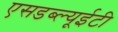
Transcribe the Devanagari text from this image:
एसडब्ल्यूईटी